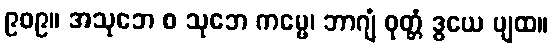
၉၀၉။ အသုဘေ စ သုဘေ ကမ္မေ၊ ဘာဂျံ ဝုတ္တံ ဒွယေ ပျထ။